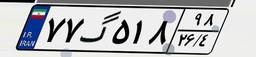
۷۷گ۵۱۸۹۸